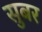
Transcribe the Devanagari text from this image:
सुबर